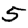
Digit: 5